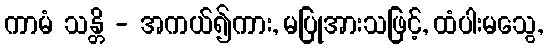
ကာမံ သန္တိ - အကယ်၍ကား, မပြုအားသဖြင့်, ထံပါးမသွေ,